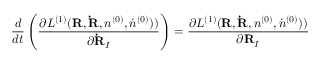
\frac { d } { d t } \left( \frac { \partial { \cal L } ^ { ( 1 ) } ( { \bf R , \dot { R } } , n ^ { ( 0 ) } , { \dot { n } ^ { ( 0 ) } } ) ) } { \partial { \bf \dot { R } } _ { I } } \right) = \frac { \partial { \cal L } ^ { ( 1 ) } ( { \bf R , \dot { R } } , n ^ { ( 0 ) } , { \dot { n } ^ { ( 0 ) } } ) ) } { \partial { \bf R } _ { I } }